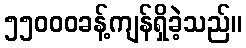
၅၅၀၀၀ခန့်ကျန်ရှိခဲ့သည်။